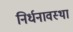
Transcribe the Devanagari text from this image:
निर्धनावस्था